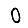
Digit: 0